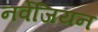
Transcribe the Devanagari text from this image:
नर्वेजियन